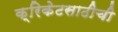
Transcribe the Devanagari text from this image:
क्रिकेटसाठीची